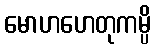
မောဟဟေတုကမ္ပိ